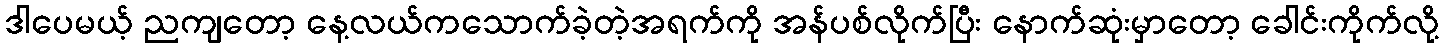
ဒါပေမယ့် ညကျတော့ နေ့လယ်ကသောက်ခဲ့တဲ့အရက်ကို အန်ပစ်လိုက်ပြီး နောက်ဆုံးမှာတော့ ခေါင်းကိုက်လို့